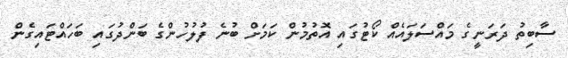
ސާބިތު ދަރަނީގެ މައްސަލައެއް ކޯޓުގައި އޮތުމުން ކަމަށް ބުނެ ފުލުހުންގެ ބަންދުގައި ބަހައްޓައިގެން